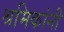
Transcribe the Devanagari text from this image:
श्रमिकांनी